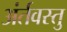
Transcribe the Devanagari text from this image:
अंर्तवस्तु